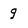
Character: q